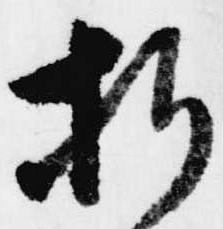
折